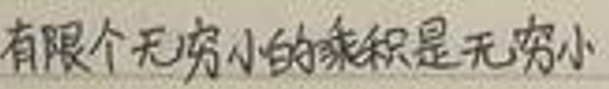
有限个无穷小的乘积是无穷小